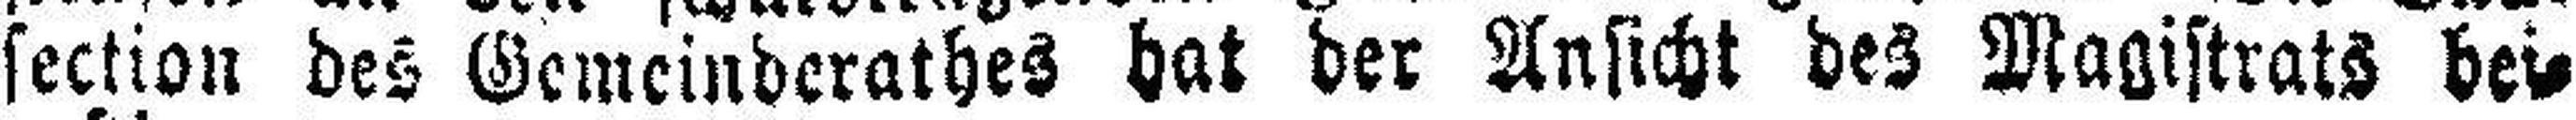
section des Gemeinderathes hat der Ansicht des Magistrats bei